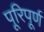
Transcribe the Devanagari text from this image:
पूरिपूर्ण